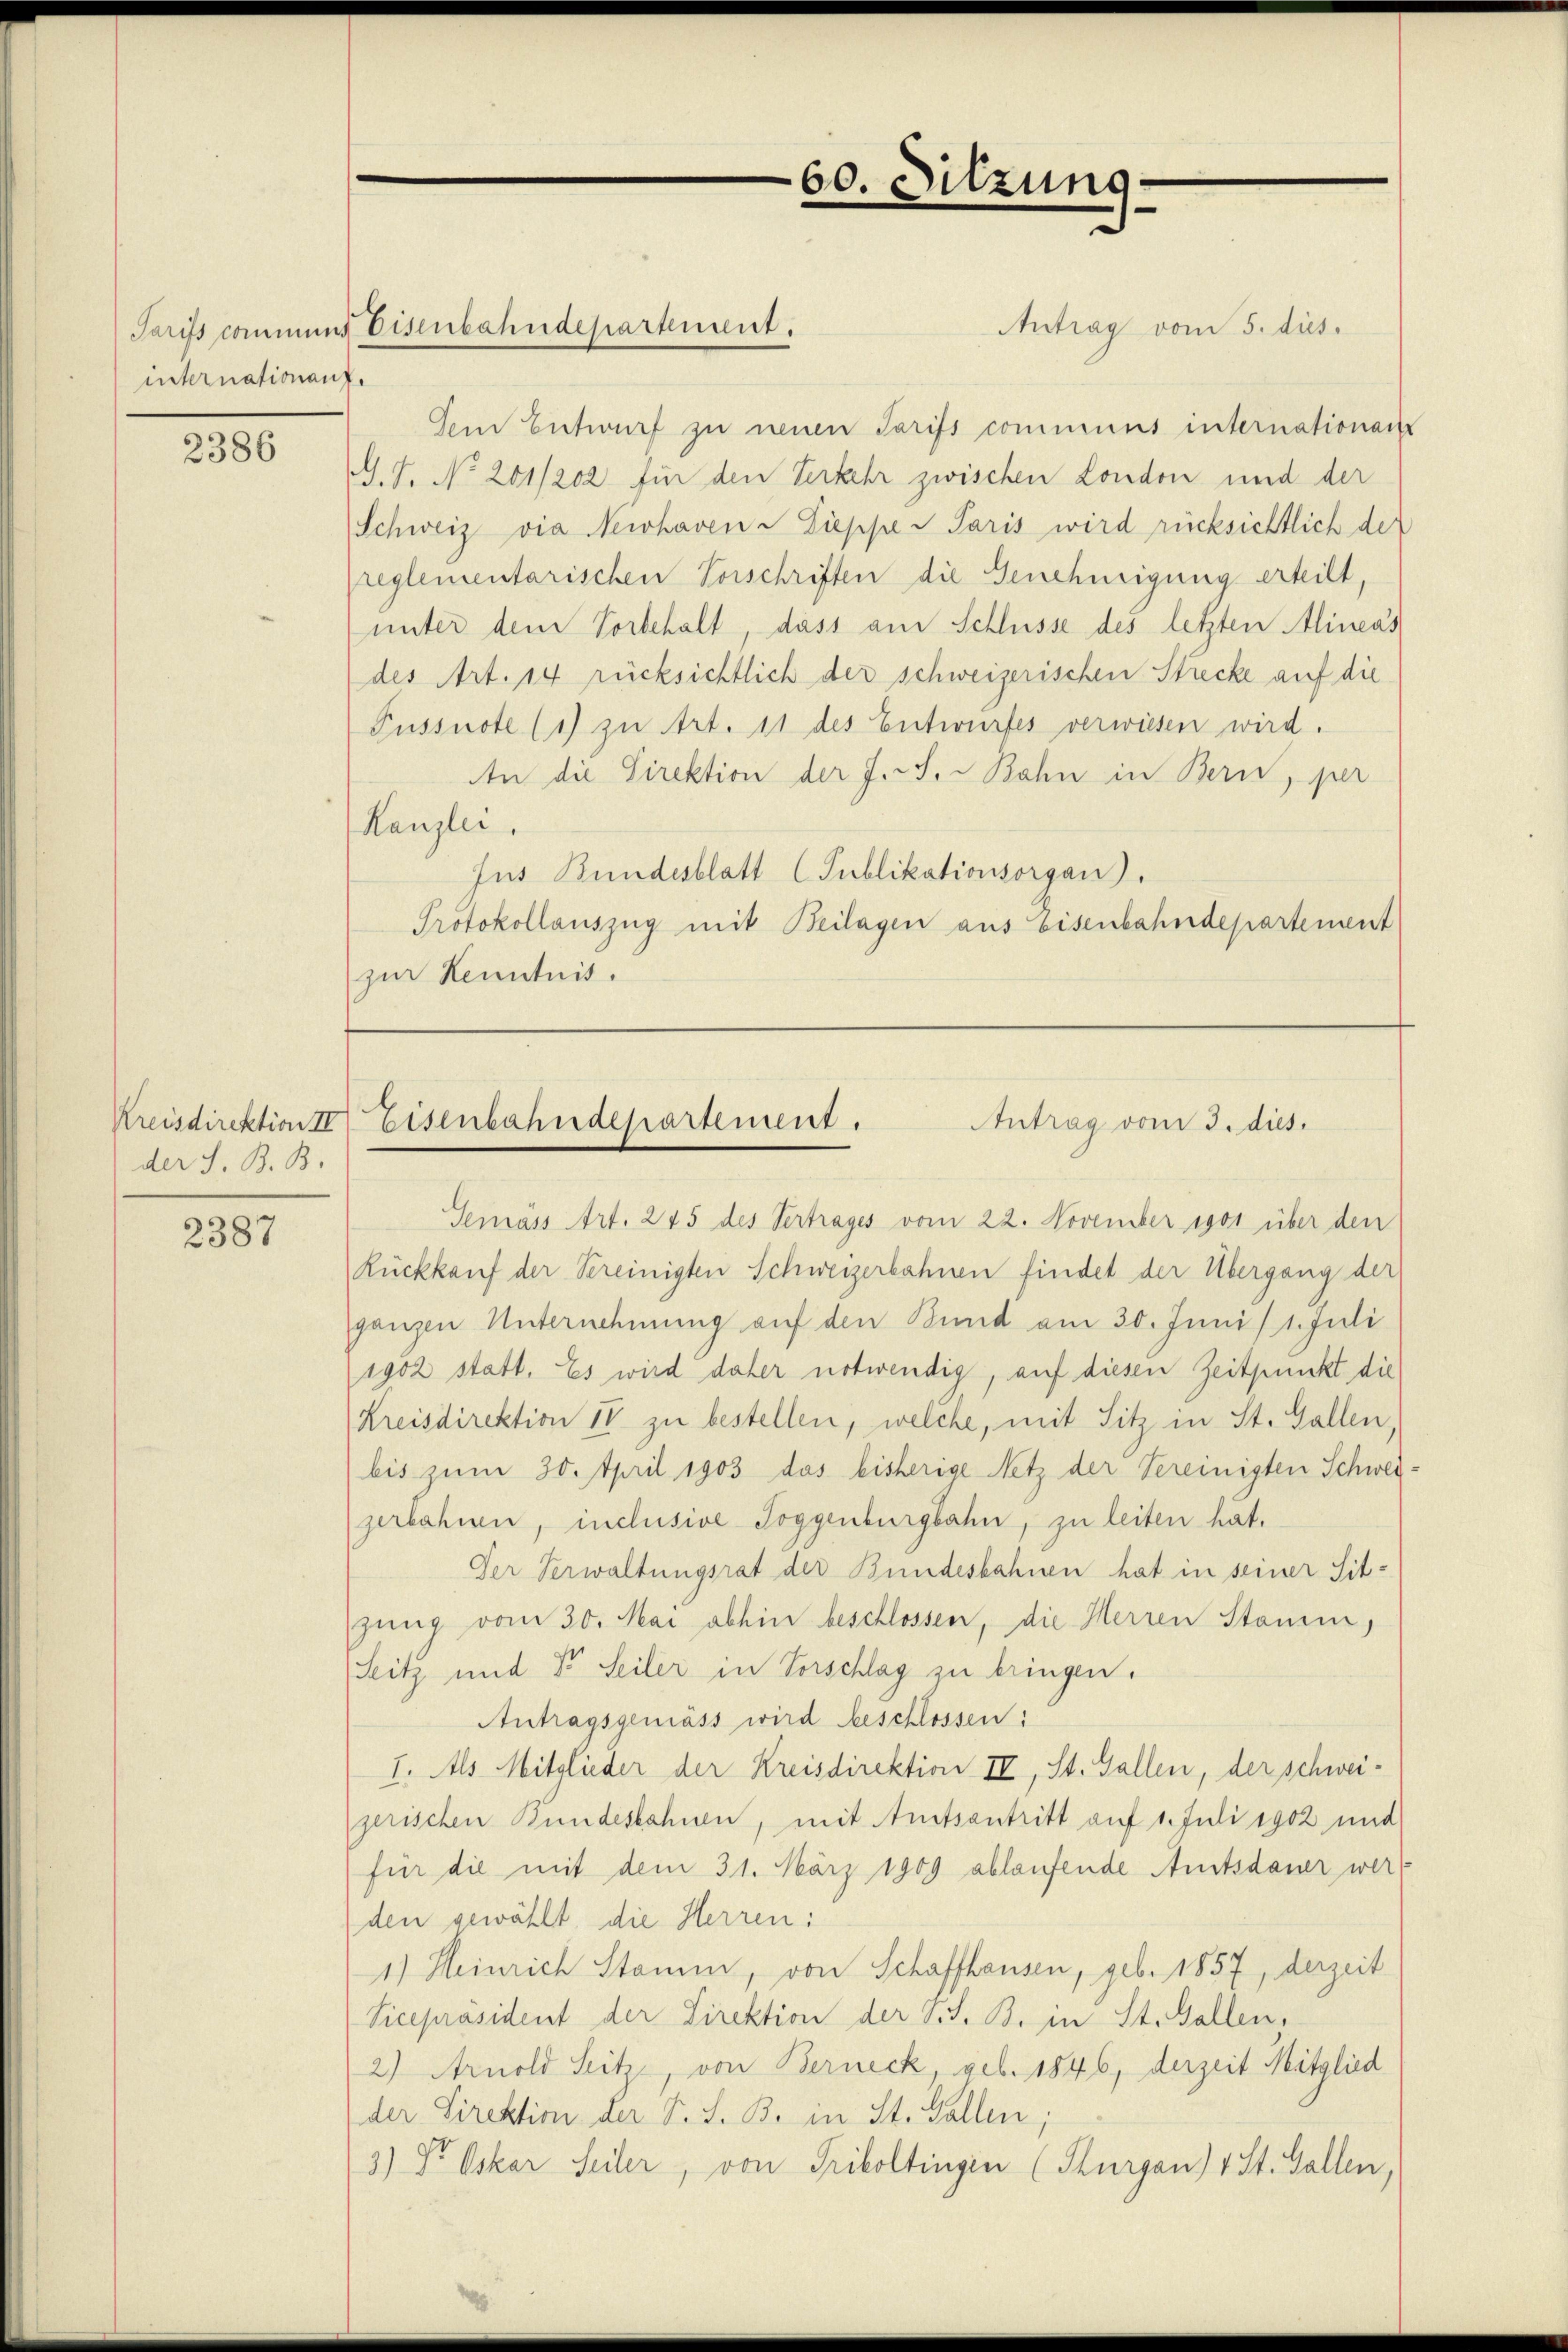
internationauf.

2386

der S. B. B.

2387

Antrag vom 5. dus.
Tarifs commens Eisenbahndepartement.
dem Entwurf zu neuen Tarifs communs internationen
G. 7. No 201/202 für den Verkehr zwischen London und der
Schweiz via Newhaven - Sieppe v Paris wird rücksichtlich der
preglementarischen Vorschriften die Genehmigung erteilt,
unter dem Vorbehalt, dass am Schlüsse des letzten Alineas
(des Art. 14 rücksichtlich der schweizerischen Strecke auf die
Pussnote (1) zu Art. 11 des Entwurfes verwiesen wird.
An die Direktion der J. J. Bahn in Bern, per
Kanzlei,
Jus Bundesblatt Publikationsorgan.
Protokollauszug mit Beilagen aus Eisenbahndepartement
zur Kenntnis.

60. Sitzung

Semass Art. 245 des Vertrages vom 22. November 1901 über den
Rückkauf der Vereinigten Schweizerbahnen findet der Übergang der
ganzen Unternehmung auf den Bund am 30. Juni / 1. Juli
1902 statt. Es wird daher notwendig, auf diesen Zeitpunkt die
(Kreisdirektion II zu bestellen, welche, mit Sitz in St. Gallen,
bis zum 30. April 1903 das bisherige Netz der Vereinigten Schwer
zerbahnen, inclusive Toggenburgbahn, zu leiten hat.
Der Verwaltungsrat der Bundesbahnen hat in seiner Sit-
zung vom 30. Mai abhin beschlossen, die Herren Stamm,
Seitz und Vor Seiler in Vorschlag zu bringen.
Antragsgemäss wird beschlossen:
I. Als Mitglieder der Kreisdirektion III, St. Gallen, der schweigerischen Bundesbahnen, mit Amtsantritt auf 1. Juli 1902 und
für die mit dem 31. März 1909 ablaufende Amtsdauer werden gewählt, die Herren:
1.) Heinrich Stamm, von Schaffhausen, geb. 1857, derzeit
Vicepräsident der Direktion der S.S. B. in St. Gallen,
2) Arnold Seitz, von Berneck, geb. 1846, derzeit Mitglied
der Direktion der S. S. B. in St. Gallen;
3.) Dr. Oskar Seiler, von Friboltingen (Thurgau) 4 St. Gallen,

Kreisdirektions Eisenbahndepartement.
Antrag vom 3. dies